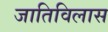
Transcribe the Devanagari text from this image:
जातिविलास